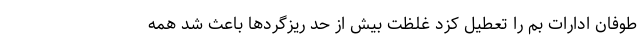
طوفان ادارات بم را تعطیل کزد غلظت بیش از حد ریزگرد‌ها باعث شد همه